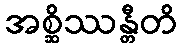
အစ္ဆိဿန္တီတိ